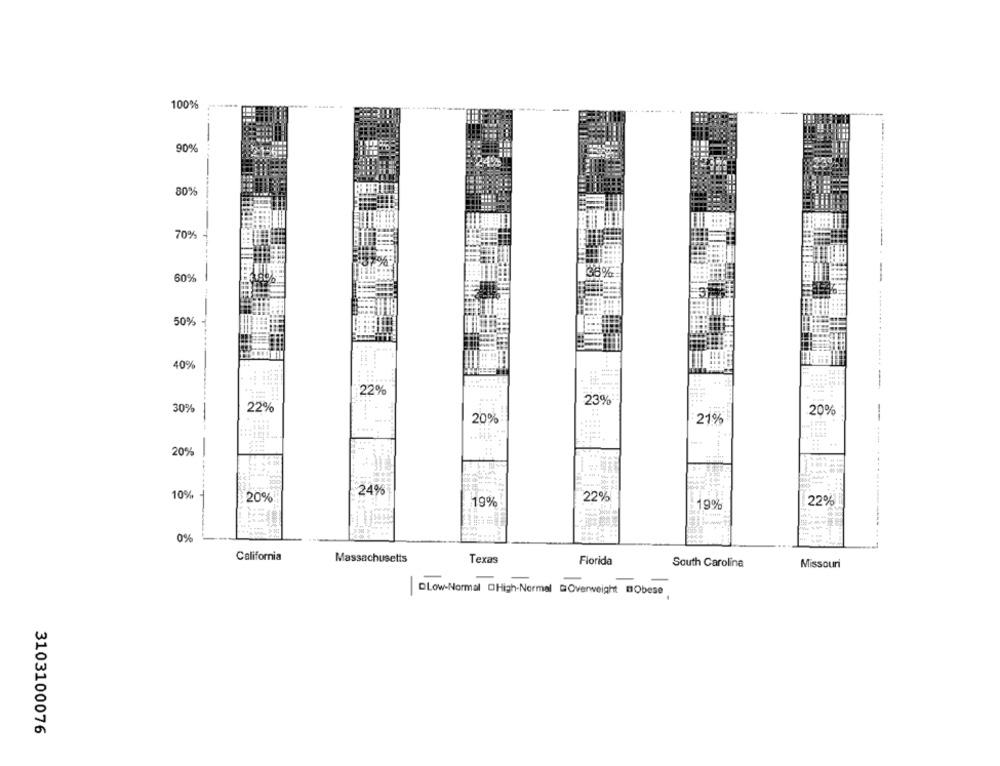
100%
-
90%
30%
70%
60%
50%
40%
22%
23%
30%
22%
20%
20%
21%
--
20%
10%
$ 20%!
24%
22%
19%
19%
22%
0%
California
Texas
Massachusetts
Florida
South Carolina
Missouri
DLow-Normal OHigh-Normal Overweight BObese
3103100076